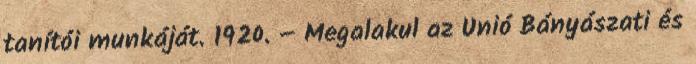
tanítói munkáját. 1920. – Megalakul az Unió Bányászati és